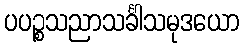
ပပဉ္စသညာသင်္ခါသမုဒယော